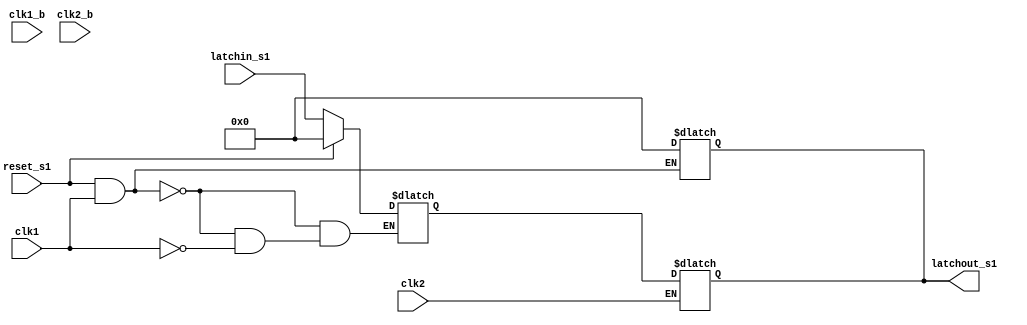
//*****************************************************************************
//OWNER    : NIKHIL KUMAR SRIVASTAVA
//COMMENTS : It latches the output of the 7-bit adder and feeds it back  to the
//           adder in the next cycle.It also consists of the reset mux which is
//           used to reset the latch when the reset signal goes high.  
//*****************************************************************************

                                                                                module latch7(clk1, clk1_b, clk2, clk2_b, reset_s1, latchin_s1, latchout_s1);

input clk1, clk1_b, clk2, clk2_b, reset_s1;
input [6:0] latchin_s1;

output [6:0] latchout_s1;

reg [6:0] temp_s2,latchout_s1;

wire [6:0] tempin_s1;

// If reset_s1 is high then it initializes the latches to 7'b0000000
assign tempin_s1 = (reset_s1) ? 7'b0000000 : latchin_s1 ;


always @(clk1 or reset_s1 or tempin_s1 )
 if(reset_s1 && clk1)
   begin
    latchout_s1 = 7'b0000000;
    temp_s2 = tempin_s1;
   end
  else if(clk1)
       temp_s2 = tempin_s1;

always @(clk2 or temp_s2 )
  if(clk2)
    latchout_s1 = temp_s2;

endmodule // end latch7 module